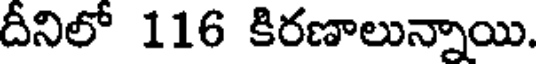
దీనిలో 116 కిరణాలున్నాయి.